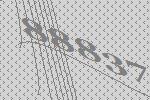
88837